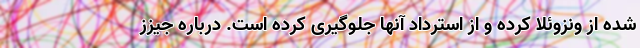
شده از ونزوئلا کرده و از استرداد آنها جلوگیری کرده است. درباره جیزز